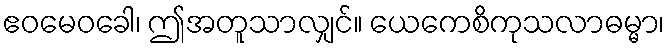
ဧဝမေဝခေါ၊ ဤအတူသာလျှင်။ ယေကေစိကုသလာဓမ္မာ၊